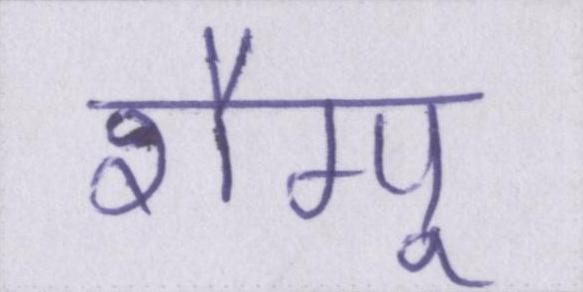
शैम्पू